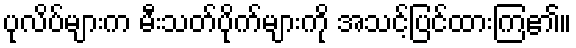
ပုလိပ်များက မီးသတ်ပိုက်များကို အသင့်ပြင်ထားကြ၏။